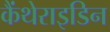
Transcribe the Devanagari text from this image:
कैंथेराइडिन